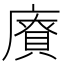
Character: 𪪡